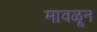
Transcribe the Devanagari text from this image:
मावळून